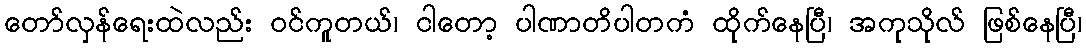
တော်လှန်ရေးထဲလည်း ဝင်ကူတယ်၊ ငါတော့ ပါဏာတိပါတကံ ထိုက်နေပြီ၊ အကုသိုလ် ဖြစ်နေပြီ၊